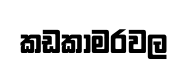
කඩකාමරවල